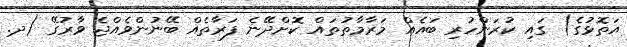
އަތޮޅުގެ) ގައި ކުރަންހުރި ބައެއް މަރާމާތުތައް ކޮށްދޭނެ ފަރާތެއް ބޭނުންވެއްޖެ ވާރުގޭ (ދ.